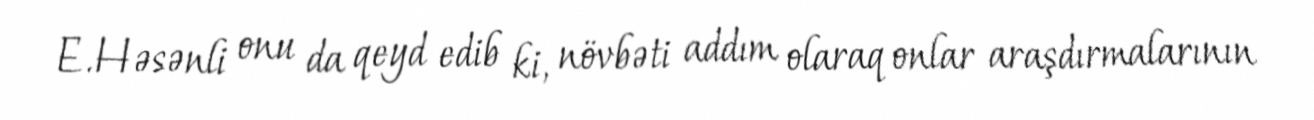
E.Həsənli onu da qeyd edib ki, növbəti addım olaraq onlar araşdırmalarının